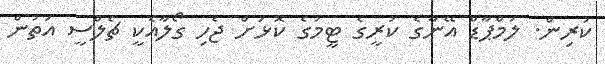
ކުރިން. ލަމްޕާޑް އޭނާގެ ކުރީގެ ޓީމުގެ ކޮޅަށް ޖެހި ގޯލާއެކީ ޗެލްސީ އަތުން